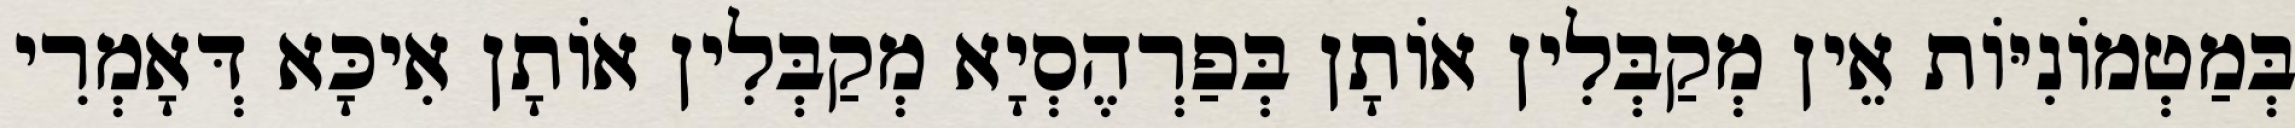
בְּמַטְמוֹנִיּוֹת אֵין מְקַבְּלִין אוֹתָן בְּפַרְהֶסְיָא מְקַבְּלִין אוֹתָן אִיכָּא דְּאָמְרִי